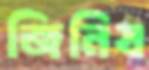
জিনিষ